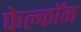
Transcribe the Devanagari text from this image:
फेल्काॅन